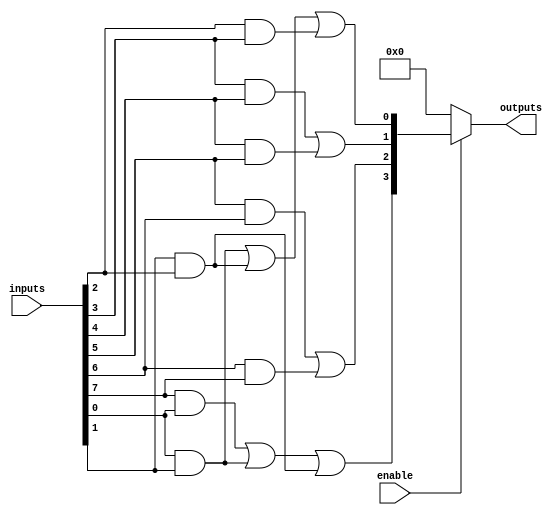
module clb (
    input  wire [N-1:0]  inputs,       // N inputs to the CLB
    input  wire          enable,        // Enable signal
    output wire [M-1:0]  outputs        // M outputs from the CLB
);
    parameter N = 8;                  // Number of inputs
    parameter M = 4;                  // Number of outputs
    parameter P = 16;                 // Number of product terms in AND array

    // Intermediate product terms (AND array)
    wire [P-1:0] product_terms;

    // Declare the logic function for the product terms
    genvar i;
    generate
        for (i = 0; i < P; i = i + 1) begin : and_array
            // Example and logic (customize for specific functions)
            assign product_terms[i] = inputs[i % N] && inputs[(i + 1) % N]; // Example AND logic
        end
    endgenerate

    // OR array to combine product terms into outputs
    wire [M-1:0] or_outputs;
    assign or_outputs[0] = product_terms[0] || product_terms[1] || product_terms[2]; // Example OR logic
    assign or_outputs[1] = product_terms[3] || product_terms[4]; // Another OR logic
    assign or_outputs[2] = product_terms[5] || product_terms[6]; // Another OR logic
    assign or_outputs[3] = product_terms[7] || product_terms[8] || product_terms[9]; // Another OR logic

    // Enable control for outputs
    assign outputs = enable ? or_outputs : {M{1'b0}}; // Outputs active if enabled, else zero

    // Feedback paths can be implemented as required based on the design
    // In this example, simple feedback is not shown for clarity

endmodule